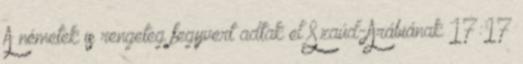
A németek is rengeteg fegyvert adtak el Szaúd-Arábiának 17:17